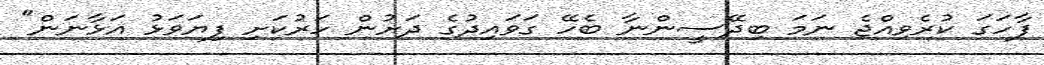
ފާހަގަ ކުރެވިއްޖެ ނަމަ ބިދޭސީންނާ ބެހޭ ގަވައިދުގެ ދަށުން ހަރުކަށި ފިޔަވަޅު އަޅާނަން"